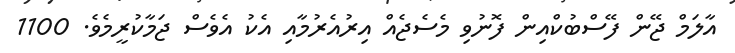
އާލަމް ޖޭން ފޭސްބުކްއިން ފޮނުވި މެސެޖެއް އިރުއެރުމާއި އެކު އެެވެސް ޖަމާކުރީމެވެ. 1100